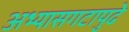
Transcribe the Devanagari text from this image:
अभ्यासगटापुढे